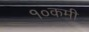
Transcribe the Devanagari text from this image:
१०कमी